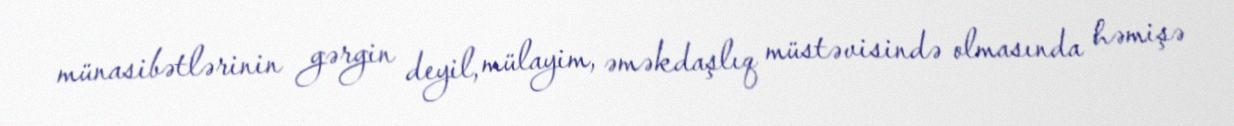
münasibətlərinin gərgin deyil, mülayim, əməkdaşlıq müstəvisində olmasında həmişə